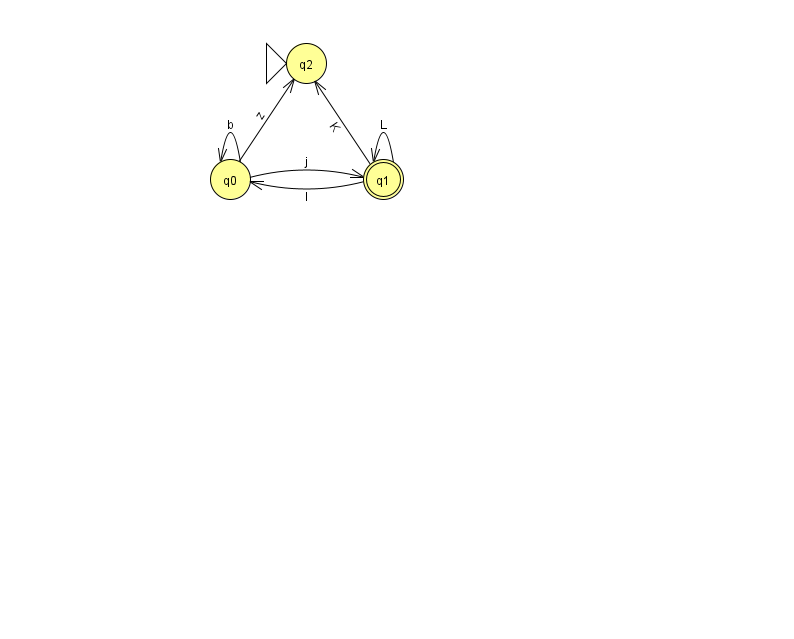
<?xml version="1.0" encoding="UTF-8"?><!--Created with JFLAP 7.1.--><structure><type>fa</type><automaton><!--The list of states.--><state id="0" name="q0"><x>230.0</x><y>166.0</y></state><state id="1" name="q1"><x>383.0</x><y>166.0</y><final/></state><state id="2" name="q2"><x>306.0</x><y>50.0</y><initial/></state><!--The list of transitions.--><transition><from>0</from><to>0</to><read>b</read></transition><transition><from>1</from><to>2</to><read>K</read></transition><transition><from>0</from><to>2</to><read>z</read></transition><transition><from>0</from><to>1</to><read>j</read></transition><transition><from>1</from><to>1</to><read>L</read></transition><transition><from>1</from><to>0</to><read>l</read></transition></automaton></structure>